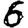
Digit: 6